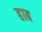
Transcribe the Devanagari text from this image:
हाब